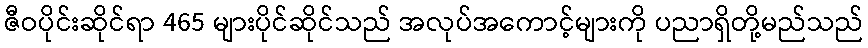
ဇီဝပိုင်းဆိုင်ရာ 465 များပိုင်ဆိုင်သည် အလုပ်အကောင့်များကို ပညာရှိတို့မည်သည်